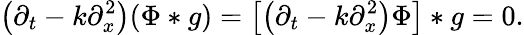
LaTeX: \left(\partial_{t}-k\partial_{x}^{2}\right)(\Phi*g)=\left[\left(\partial_{t}-k\partial_{x}^{2}\right)\Phi\right]*g=0.